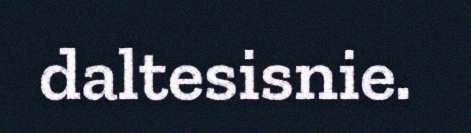
daltesisnie.